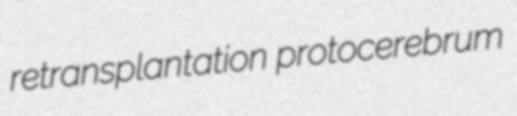
retransplantation protocerebrum